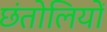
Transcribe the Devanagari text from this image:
छंतोलियों